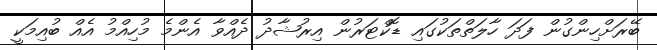
ބޭރަށްހިންގުން ފަދަ ހާލަތްތަކުގައި ޑޮކްޓަރުން އިރުޝާދު ދެއްވާ އެންމެ މުހިއްމު އެއް ބުއިމަކީ